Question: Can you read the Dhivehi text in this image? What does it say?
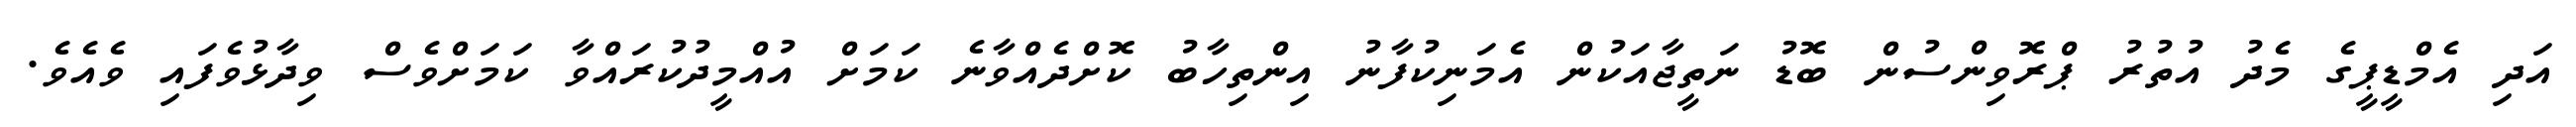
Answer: އަދި އެމްޑީޕީގެ މެދު އުތުރު ޕްރޮވިންސުން ބޮޑު ނަތީޖާއަކުން އެމަނިކުފާނު އިންތިހާބު ކޮށްދެއްވާނެ ކަމަށް އުއްމީދުކުރައްވާ ކަމަށްވެސް ވިދާޅުވެފައި ވެއެވެ.